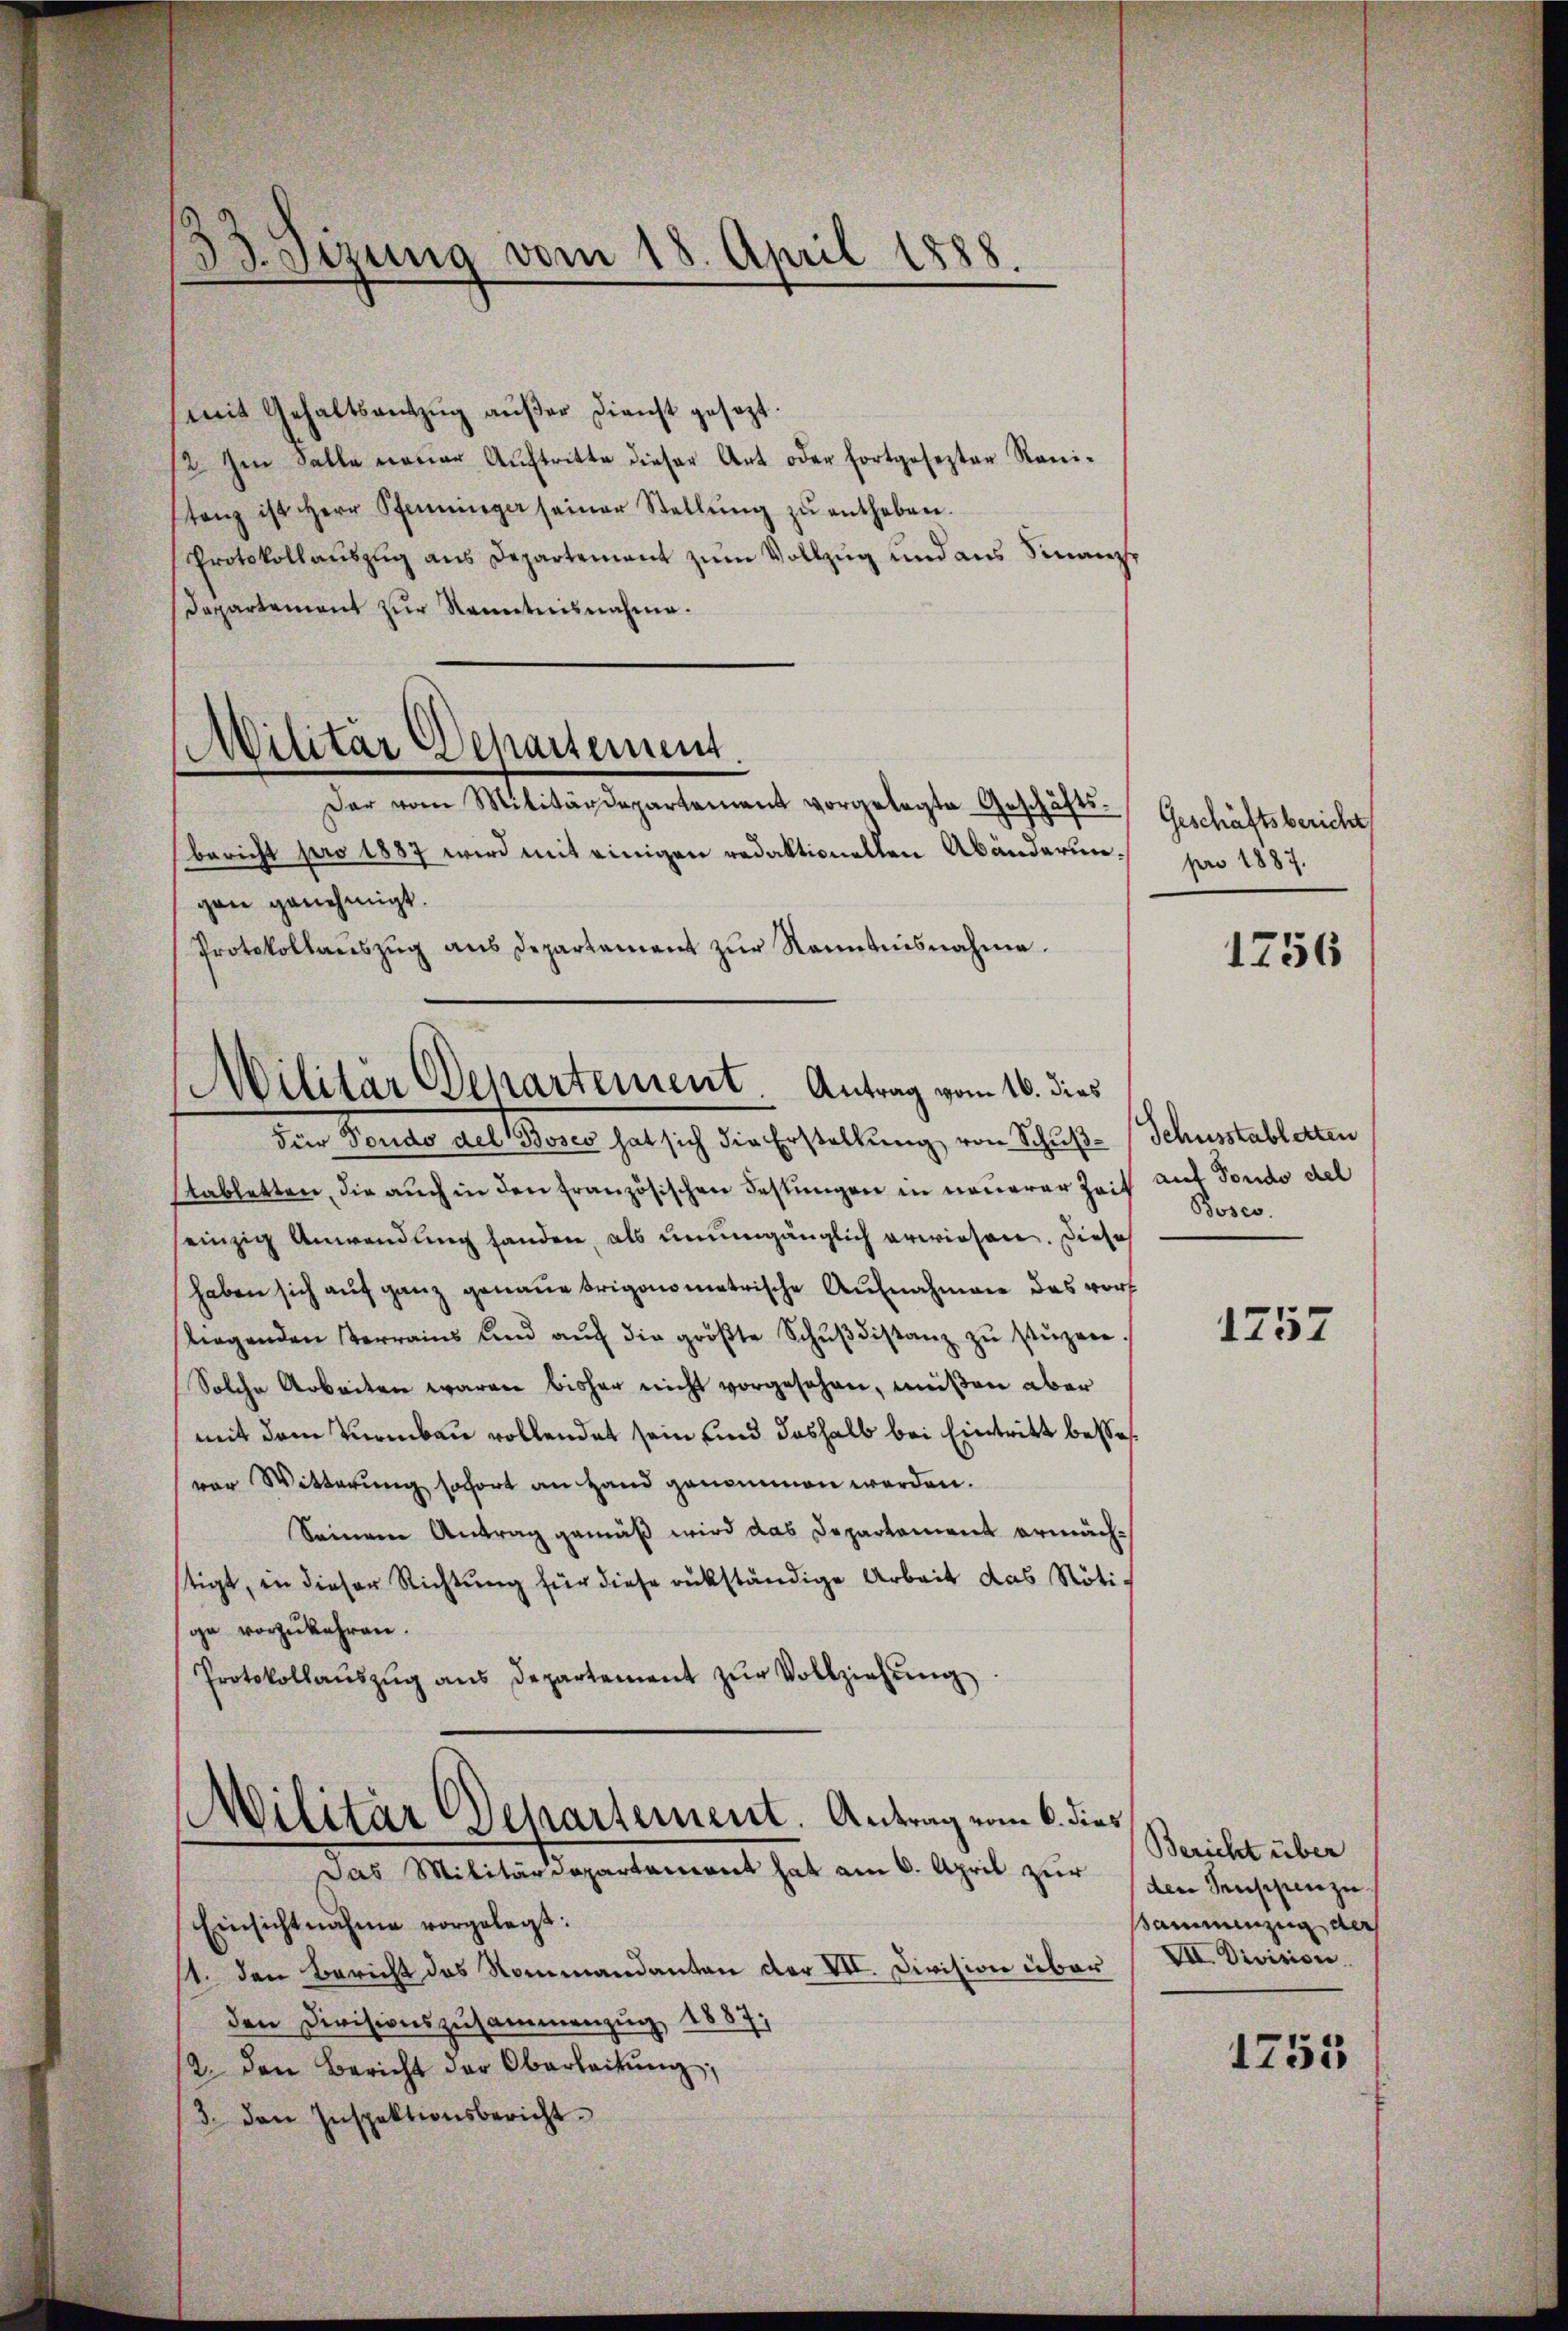
.
33. Sizung vom 18. April 1888

mit Gehaltsantzug außer Dienst gesezt.
/2 Im Falle neuer Aŭftritte dieser Art oder fortgesezter Ranitanz ist Herr Pfenninger seiner Stellŭng zŭ entheben.
Protokollaŭszŭg ans Departement zum Vollzug und aus Finanz¬
Dapartement zur Kenntnisnahme.
bericht pro 1887 wird mit einigen redaktionellen Abänderungen genehmigt.
Protokollaŭszŭg aŭs departament zŭr Ranntnisnahme.
Für Fondo del Bosco hat sich die Erstellung von Schuß-Schusstabletten
Stabletten, die auch in den französischen Festungen in neuerer Zeit
seinzig Anwendung handen, als unumgänglich erwiesen. Diese
haben sich aŭf ganz genaue Origonometrische Aufnahmen das vort
tirgenden Verrains und aŭf die gröβte Schŭβdistanz zŭ stŭzern.
Solche Arbeiten waren bisher nicht vorgesehen, müßen aber
mit dem Turmbau vollendet sein und deshalb bei Eintritt bessever Witterung sofort an Hand genommen werden.
Seinem Antrag gemäß wird das Departement ermächstigt, in dieser Richtung für diese rükständige Arbeit das Nötige vorzukehren.
Protokollaŭszŭg ans Departement zŭr Vollziehung
Militär Departement. Antrag vom 6. dies
Das Militärdepartement hat am 6. April zŭr (den Senschenzu-
Einsichtnahme vorgelegt:
1. den Bericht das Nommandanten der VII. Division über
den Divisionszusammenzug 1887,
12. den Bericht der Oberbeitŭng,
3. den Inspektionsbericht.

Militär Departement.
Der vom Militärdepartement vorgelegte Geschäfts-

Militär Departement. Antrag vom 16. dies

Geschäftsbericht
pro 1887.

1756

auf Fondo del
Boses.

1757

Bericht über
sammenzug au
XII. Division

1755